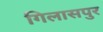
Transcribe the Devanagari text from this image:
गिलासपुर